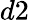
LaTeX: d2